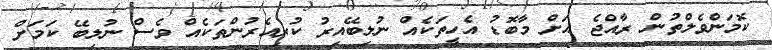
ކޮމަންވެލްތުން ރާއްޖެ އަށް މާބޮޑު އެހީތަކެއް ނުލިބޭއިރު ކުރިއެރުންތަކެއް ވެސް ނުލިބޭ ކަމަށް